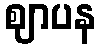
ဈာပန